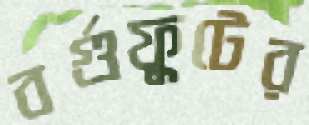
বর্গুফুটের